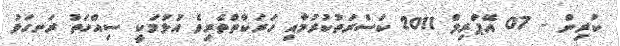
ކުރިން - 07 އޭޕްރިލް 2011 ކަސްރަތުކުރުމާއި ހަރަކާތްތެރިވެ އުޅުމަކީ ސިއްހަތު ރަނގަޅު